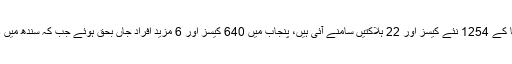
واضح رہے کہ آج اب تک ملک بھر سے کورونا کے 1254 نئے کیسز اور 22 ہلاکتیں سامنے آئی ہیں، پنجاب میں 640 کیسز اور 6 مزید افراد جاں بحق ہوئے جب کہ سندھ میں 363 نئے کیسز اور 8 ہلاکتیں رپورٹ ہوئی ہیں۔